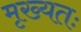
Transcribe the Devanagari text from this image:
मृख्यतः